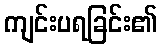
ကျင်းပရခြင်း၏